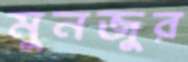
মুনজুর